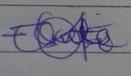
Signature authenticity: genuine